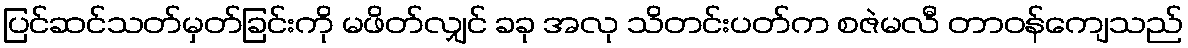
ပြင်ဆင်သတ်မှတ်ခြင်းကို မဖိတ်လျှင် ခခု အလု သိတင်းပတ်က စဇဲမလီ တာဝန်ကျေသည်